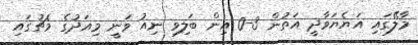
މާލޭގައި އަޔެޔަވާދީ އަތުން 3-0 އިން ބަލިވި ނިއު ވަނީ މިއަދުގެ މެޗުގައި